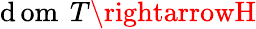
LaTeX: \operatorname{\mathrm{d}om}\ T\rightarrowH